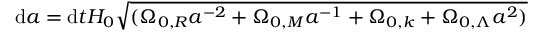
\mathrm { d } a = \mathrm { d } t H _ { 0 } { \sqrt { ( \Omega _ { 0 , R } a ^ { - 2 } + \Omega _ { 0 , M } a ^ { - 1 } + \Omega _ { 0 , k } + \Omega _ { 0 , \Lambda } a ^ { 2 } ) } }